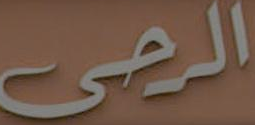
الرحى